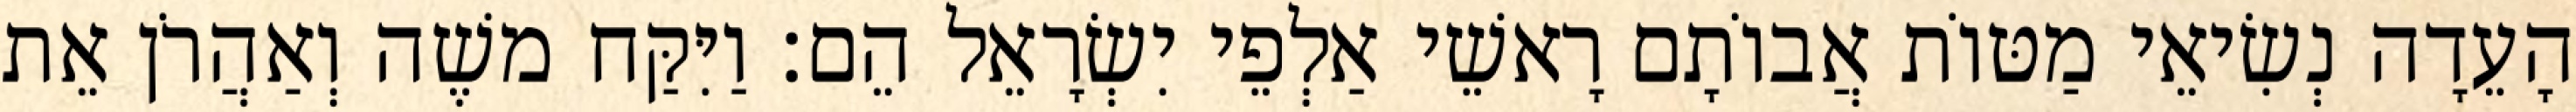
הָעֵדָה נְשִׂיאֵי מַטּוֹת אֲבוֹתָם רָאשֵׁי אַלְפֵי יִשְׂרָאֵל הֵם׃ וַיִּקַּח משֶׁה וְאַהֲרֹן אֵת